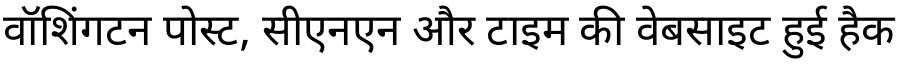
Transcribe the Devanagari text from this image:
वॉशिंगटन पोस्ट, सीएनएन और टाइम की वेबसाइट हुई हैक